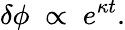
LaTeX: \delta\phi\; \propto\; e^{\kappa t}.